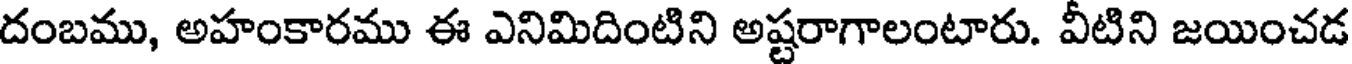
దంబము, అహంకారము ఈ ఎనిమిదింటిని అష్టరాగాలంటారు. వీటిని జయించడ